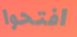
افتحوا